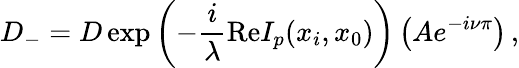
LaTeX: D_{-}=D\exp\left(-\frac{i}{\lambda}\mathrm{Re}I_{p}(x_{i},x_{0})\right)\left(Ae^{-i\nu\pi}\right)\, ,